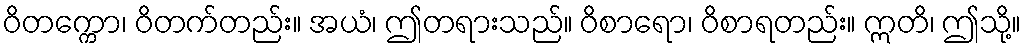
ဝိတက္ကော၊ ဝိတက်တည်း။ အယံ၊ ဤတရားသည်။ ဝိစာရော၊ ဝိစာရတည်း။ ဣတိ၊ ဤသို့။